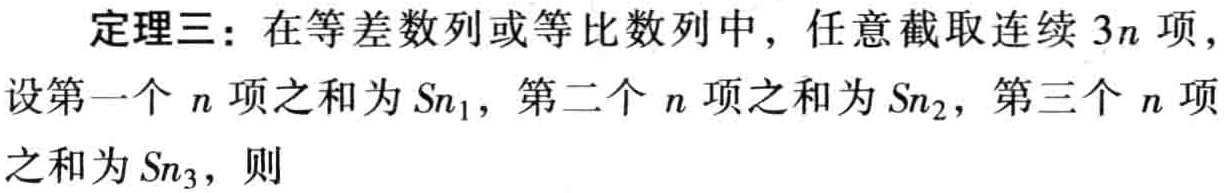
定理三：在等差数列或等比数列中，任意截取连续 \(3n\) 项，设第一个 \(n\) 项之和为 \(S_{n_1}\)，第二个 \(n\) 项之和为 \(S_{n_2}\)，第三个 \(n\) 项之和为 \(S_{n_3}\)，则